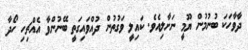
ދާވާހަކަ ބުނުމުން ޔޫމީ ނަށާލިއެވެ. ކައިލީ ވަގުތުން ދުއްވައިގަތީ ބޭނުންވާ އެއްޗިހި ހޯދާ